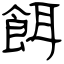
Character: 餌